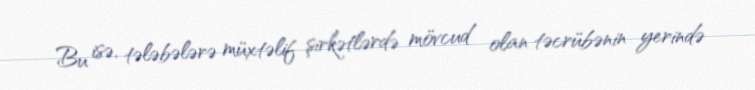
Bu isə, tələbələrə müxtəlif şirkətlərdə mövcud olan təcrübənin yerində